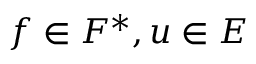
f \in F ^ { * } , u \in E